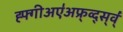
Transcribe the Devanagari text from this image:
ह्फ्गीअए॑अफ्र्व्द्स्व्॑